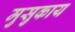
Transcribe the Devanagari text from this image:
मुसुकाय